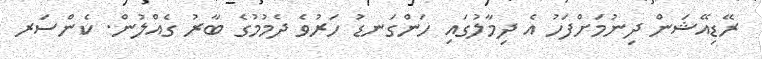
ރޭޑިއޭޝަން ދިނުމަށްފަހު އެ ދިމާލުގައި ހަންގަނޑު ހަރުވެ ދެމުމުގެ ބާރު ގެއްލުން. ކެންސަރ